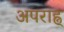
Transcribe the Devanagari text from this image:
अपराह्न्